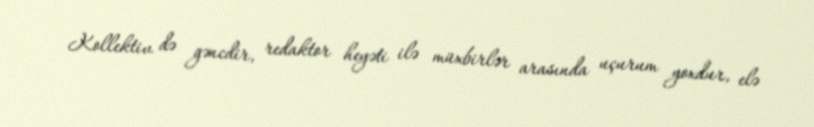
Kollektiv də gəncdir, redaktor heyəti ilə müxbirlər arasında uçurum yoxdur, elə